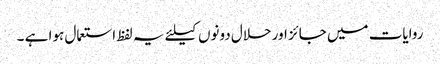
روایات میں جائز اور حلال دونوں کیلئے یہ لفظ استعمال ہوا ہے ۔